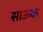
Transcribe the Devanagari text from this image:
साऊक